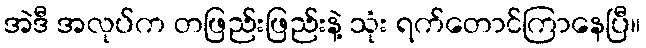
အဲဒီ အလုပ်က တဖြည်းဖြည်းနဲ့ သုံး ရက်တောင်ကြာနေပြီ။